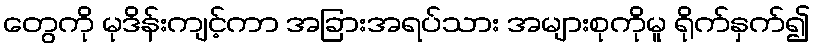
တွေကို မုဒိန်းကျင့်ကာ အခြားအရပ်သား အများစုကိုမူ ရိုက်နှက်၍